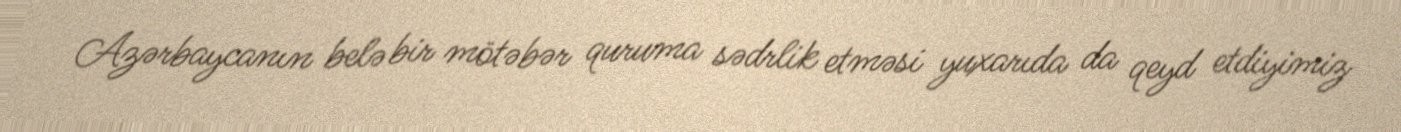
Azərbaycanın belə bir mötəbər quruma sədrlik etməsi yuxarıda da qeyd etdiyimiz